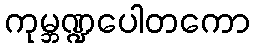
ကုမ္ဘဏ္ဍပေါတကော